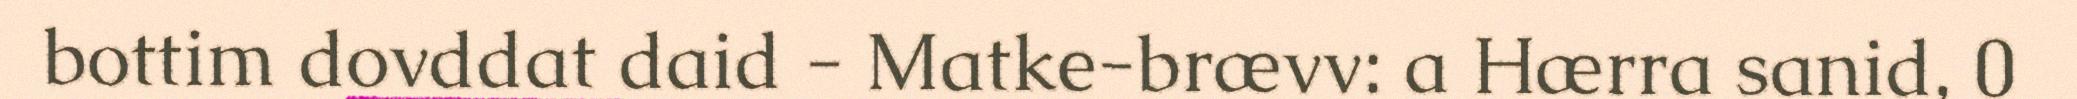
bottim dovddat daid - Matke-brævv: a Hærra sanid, 0